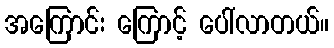
အကြောင်း ကြောင့် ပေါ်လာတယ်။